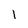
Character: 1